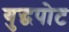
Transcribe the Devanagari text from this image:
युद्धपोट